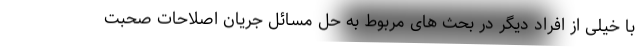
با خیلی از افراد دیگر در بحث های مربوط به حل مسائل جریان اصلاحات صحبت